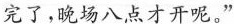
完了，晚场八点才开呢。”